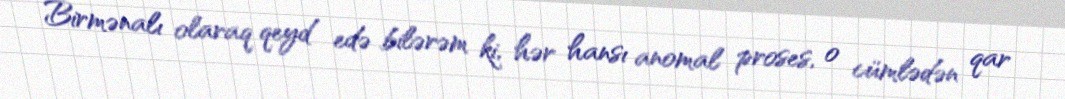
Birmənalı olaraq qeyd edə bilərəm ki, hər hansı anomal proses, o cümlədən qar